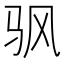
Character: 𬳳